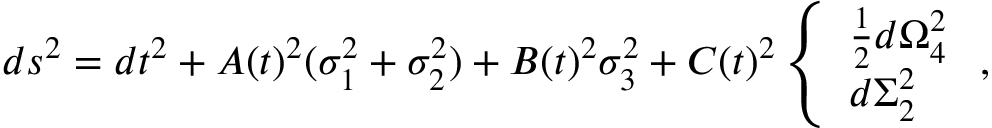
d s ^ { 2 } = d t ^ { 2 } + A ( t ) ^ { 2 } ( \sigma _ { 1 } ^ { 2 } + \sigma _ { 2 } ^ { 2 } ) + B ( t ) ^ { 2 } \sigma _ { 3 } ^ { 2 } + C ( t ) ^ { 2 } \left\{ \begin{array} { l } { { { \frac { 1 } { 2 } } d \Omega _ { 4 } ^ { 2 } } } \\ { { d \Sigma _ { 2 } ^ { 2 } } } \end{array} \right. ,